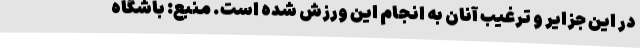
در این جزایر و ترغیب آنان به انجام این ورزش شده است. منبع: باشگاه